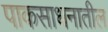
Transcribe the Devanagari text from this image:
पाकसाधनातील